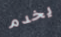
يخدم